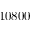
1 0 8 0 0